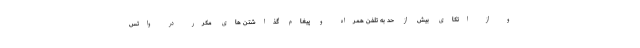
و از اتکای بیش از حد به تلفن همراه و پیغام گذاشتن های مکرر در واتس